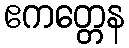
ဧကတ္တေန